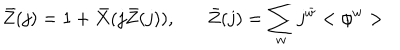
\bar { Z } ( j ) = 1 + \bar { X } ( j \bar { Z } ( j ) ) , \bar { Z } ( j ) = \sum _ { w } j ^ { \bar { w } } < \phi ^ { w } >